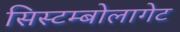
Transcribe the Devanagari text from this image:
सिस्टम्बोलागेट